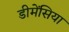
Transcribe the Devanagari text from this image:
डीमेंसिया